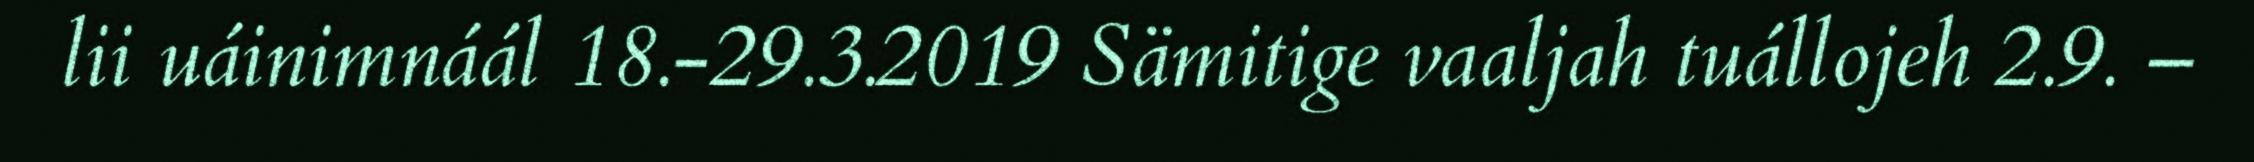
lii uáinimnáál 18.-29.3.2019 Sämitige vaaljah tuállojeh 2.9. –